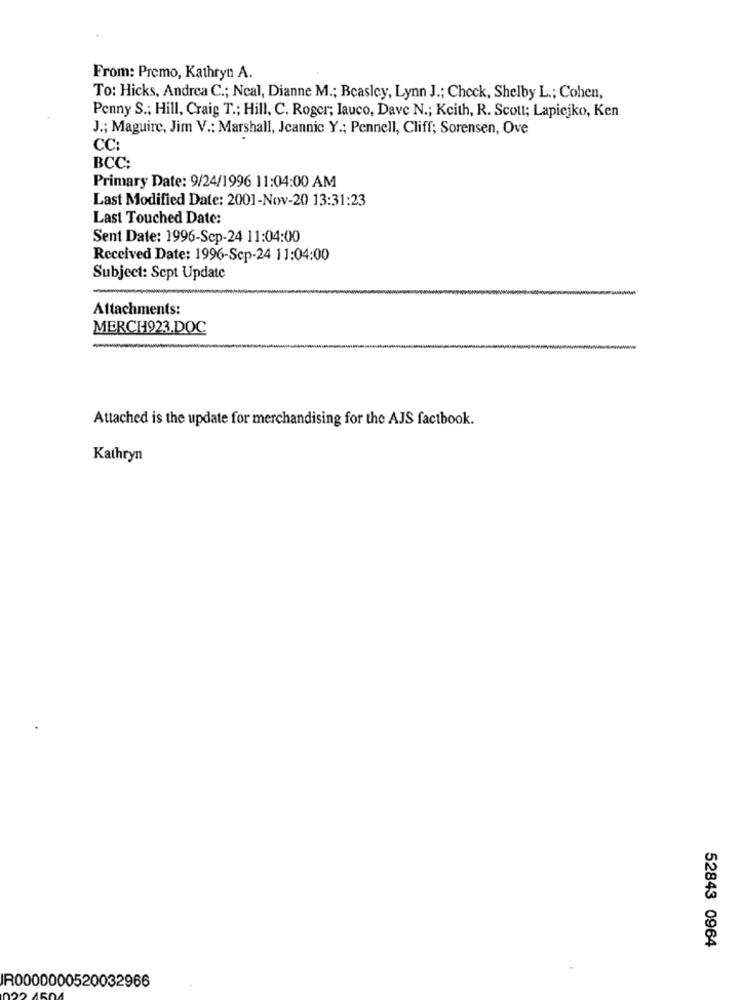
From: Premo, Kathryn A.
To: Hicks, Andrea C .; Neal, Dianne M .; Beasley, Lynn J .; Check, Shelby L .; Cohen,
Penny S .: Hill, Craig T .; Hill, C. Roger; Iauco, Dave N .; Keith, R. Scott; Lapiejko, Ken
J .; Maguire, Jim V .: Marshall, Jeannic Y .; Pennell, Cliff; Sorensen, Ove
CC:
BCC:
Primary Date: 9/24/1996 11:04:00 AM
Last Modified Date: 2001-Nov-20 13:31:23
Last Touched Date:
Sent Date: 1996-Scp-24 11:04:00
Received Date: 1996-Sep-24 11:04:00
Subject: Sept Update
Attachments:
MERCH923.DOC
Attached is the update for merchandising for the AJS factbook.
Kathryn
52843 0964
R0000000520032966